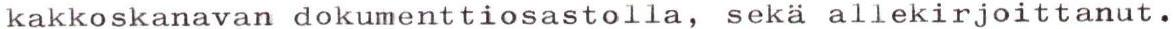
kakkoskanavan dokumenttiosastolla, seka allekirjoittanut.